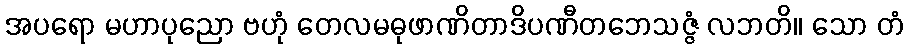
အပရော မဟာပုညော ဗဟုံ တေလမဓုဖာဏိတာဒိပဏီတဘေသဇ္ဇံ လဘတိ။ သော တံ